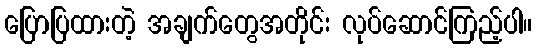
ပြောပြထားတဲ့ အချက်တွေအတိုင်း လုပ်ဆောင်ကြည့်ပါ။